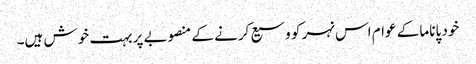
خود پاناما کے عوام اس نہر کو وسیع کرنے کے منصوبے پر بہت خوش ہیں۔